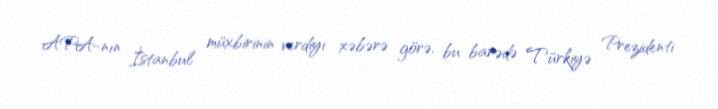
APA-nın İstanbul müxbirinin verdiyi xəbərə görə, bu barədə Türkiyə Prezidenti